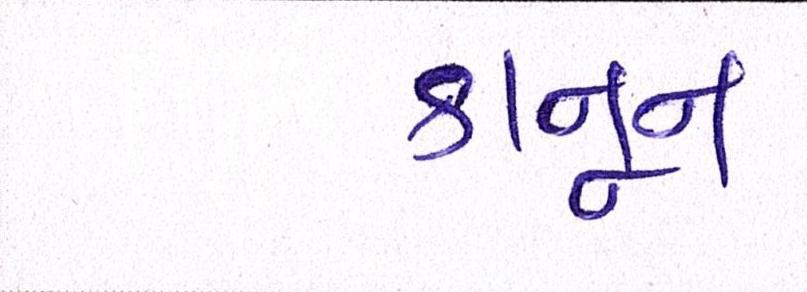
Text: કાનૂન